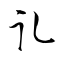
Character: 耴